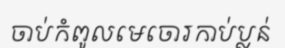
ចាប់កំពូលមេចោរកាប់ប្លន់